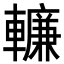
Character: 𨎷